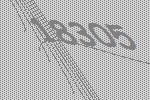
18305